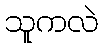
သူကလဲ